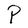
Character: P